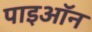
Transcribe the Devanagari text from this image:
पाइऑन